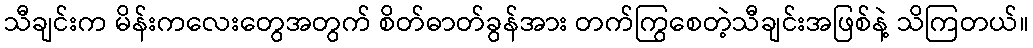
သီချင်းက မိန်းကလေးတွေအတွက် စိတ်ဓာတ်ခွန်အား တက်ကြွစေတဲ့သီချင်းအဖြစ်နဲ့ သိကြတယ်။